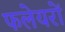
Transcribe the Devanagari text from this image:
फलेयरों